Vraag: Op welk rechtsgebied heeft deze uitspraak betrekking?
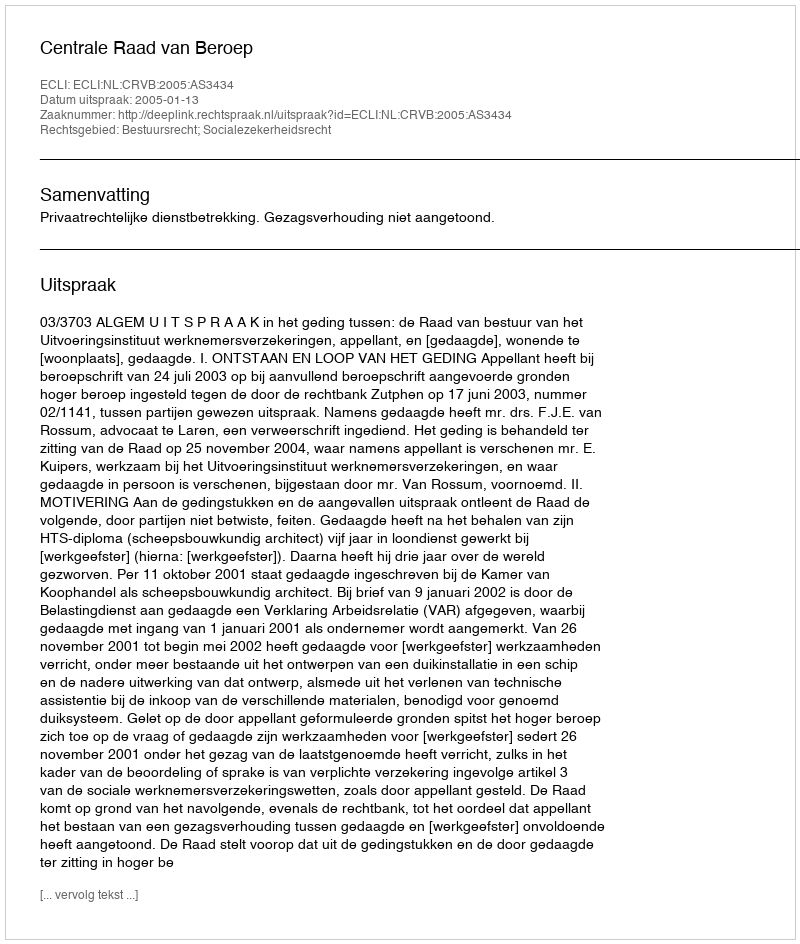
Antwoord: Bestuursrecht; Socialezekerheidsrecht